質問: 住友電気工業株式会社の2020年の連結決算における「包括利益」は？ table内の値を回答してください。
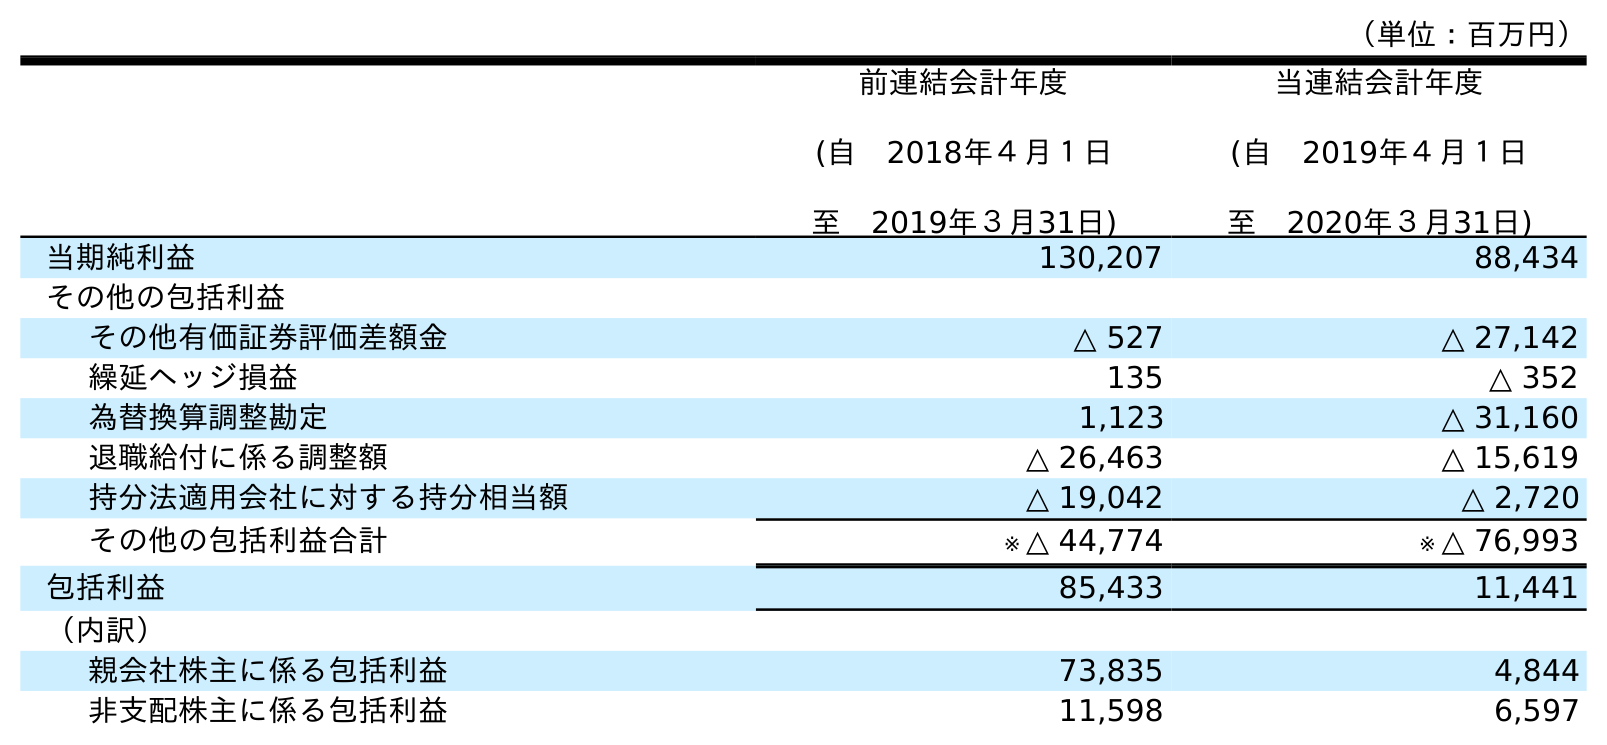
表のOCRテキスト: （単位：百万円） 前連結会計年度 (自 2018年４月１日 至 2019年３月31日) 当連結会計年度 (自 2019年４月１日 至 2020年３月31日) 当期純利益 130,207 88,434 その他の包括利益 その他有価証券評価差額金 △ 527 △ 27,142 繰延ヘッジ損益 135 △ 352 為替換算調整勘定 1,123 △ 31,160 退職給付に係る調整額 △ 26,463 △ 15,619 持分法適用会社に対する持分相当額 △ 19,042 △ 2,720 その他の包括利益合計 ※ △ 44,774 ※ △ 76,993 包括利益 85,433 11,441 （内訳） 親会社株主に係る包括利益 73,835 4,844 非支配株主に係る包括利益 11,598 6,597
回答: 11,441